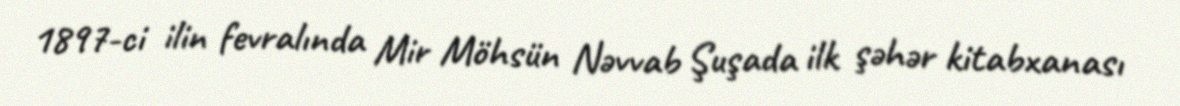
1897-ci ilin fevralında Mir Möhsün Nəvvab Şuşada ilk şəhər kitabxanası